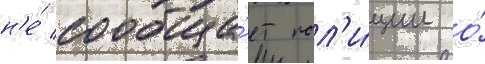
н'е́ сообща́ет пол'и́ции о́